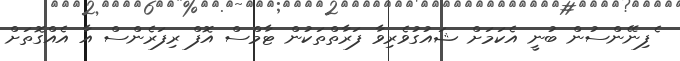
ެފިނޭންސުން ބުނީ އެކަމަށް ޝައުގުވެރިވާ ފަރާތްތަކުން ޓާމްސް އޮފް ރިފަރެންސް އާ އެއްގޮތަށް